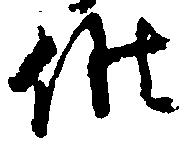
候